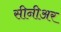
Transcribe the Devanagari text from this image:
सीनीअर